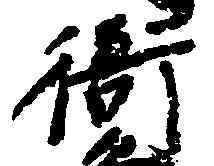
衙